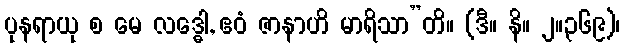
ပုနရာယု စ မေ လဒ္ဓေါ, ဧဝံ ဇာနာဟိ မာရိသာ”တိ။ (ဒီ။ နိ။ ၂။၃၆၉)၊